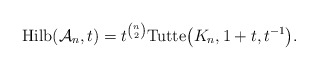
\begin{gather*}{\rm Hilb}({\cal{A}}_n,t) =t^{{n \choose 2}} {\rm Tutte}\big(K_n,1+t,t^{-1}\big).\end{gather*}